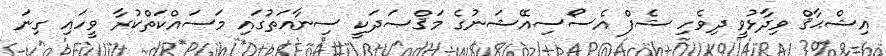
އިޝްޙާޤް ވިދާޅުވީ ދިވެހި ޝެފް އެސޯސިއޭޝަނުގެ މަޤްޞަދަކީ ސިނާއަތުގައި މަސައްކަތްކުރާ ވީހައި ގިނަ